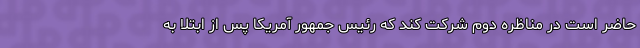
حاضر است در مناظره دوم شرکت کند که رئیس جمهور آمریکا پس از ابتلا به